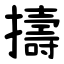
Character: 擣